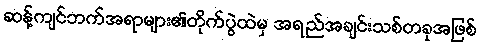
ဆန့်ကျင်ဘက်အရာများ၏တိုက်ပွဲထဲမှ အရည်အချင်းသစ်တခုအဖြစ်